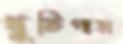
খুটিপাড়া